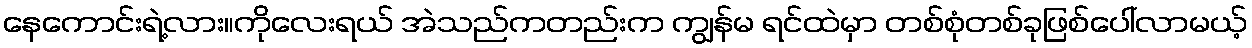
နေကောင်းရဲ့လား။ကိုလေးရယ် အဲသည်ကတည်းက ကျွန်မ ရင်ထဲမှာ တစ်စုံတစ်ခုဖြစ်ပေါ်လာမယ့်